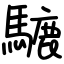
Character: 騼